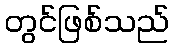
တွင်ဖြစ်သည်